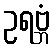
ဥရဗ္ဘံ